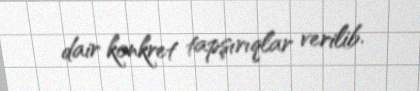
dair konkret tapşırıqlar verilib.